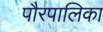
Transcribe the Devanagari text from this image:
पौरपालिका